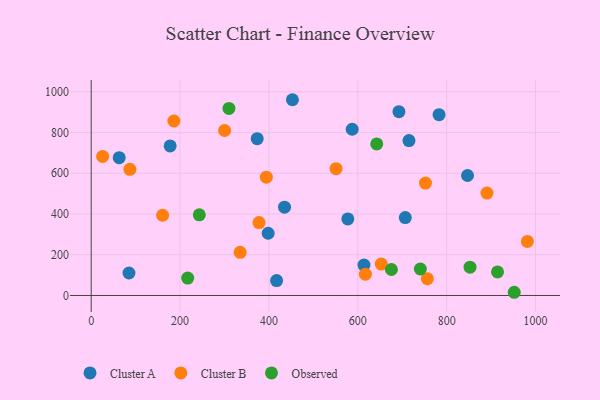
{"axis": {"x": "Experience", "y": "Exam Score"}, "legend": ["Cluster A", "Cluster B", "Observed"], "data": [{"x": "398.3", "y": 305.4, "type": "Cluster A"}, {"x": "715.2", "y": 760.7, "type": "Cluster A"}, {"x": "613.9", "y": 149.3, "type": "Cluster A"}, {"x": "417.3", "y": 73.2, "type": "Cluster A"}, {"x": "692.6", "y": 902.5, "type": "Cluster A"}, {"x": "85.0", "y": 110.4, "type": "Cluster A"}, {"x": "452.9", "y": 961.1, "type": "Cluster A"}, {"x": "782.9", "y": 887.6, "type": "Cluster A"}, {"x": "847.0", "y": 589.1, "type": "Cluster A"}, {"x": "577.6", "y": 375.6, "type": "Cluster A"}, {"x": "373.6", "y": 770.1, "type": "Cluster A"}, {"x": "177.7", "y": 734.2, "type": "Cluster A"}, {"x": "587.4", "y": 816.2, "type": "Cluster A"}, {"x": "706.9", "y": 382.5, "type": "Cluster A"}, {"x": "63.0", "y": 676.4, "type": "Cluster A"}, {"x": "435.1", "y": 433.7, "type": "Cluster A"}, {"x": "752.3", "y": 551.7, "type": "Cluster B"}, {"x": "394.2", "y": 581.0, "type": "Cluster B"}, {"x": "160.7", "y": 393.8, "type": "Cluster B"}, {"x": "617.1", "y": 104.4, "type": "Cluster B"}, {"x": "186.1", "y": 856.7, "type": "Cluster B"}, {"x": "25.7", "y": 682.6, "type": "Cluster B"}, {"x": "377.8", "y": 357.9, "type": "Cluster B"}, {"x": "756.6", "y": 82.3, "type": "Cluster B"}, {"x": "652.8", "y": 154.1, "type": "Cluster B"}, {"x": "981.7", "y": 265.4, "type": "Cluster B"}, {"x": "890.8", "y": 502.9, "type": "Cluster B"}, {"x": "87.1", "y": 619.2, "type": "Cluster B"}, {"x": "300.2", "y": 809.9, "type": "Cluster B"}, {"x": "335.2", "y": 211.7, "type": "Cluster B"}, {"x": "551.1", "y": 622.7, "type": "Cluster B"}, {"x": "675.7", "y": 127.5, "type": "Observed"}, {"x": "740.8", "y": 129.9, "type": "Observed"}, {"x": "217.2", "y": 85.3, "type": "Observed"}, {"x": "914.5", "y": 115.8, "type": "Observed"}, {"x": "952.1", "y": 15.7, "type": "Observed"}, {"x": "642.6", "y": 744.1, "type": "Observed"}, {"x": "310.0", "y": 918.2, "type": "Observed"}, {"x": "243.3", "y": 395.9, "type": "Observed"}, {"x": "852.6", "y": 138.7, "type": "Observed"}]}